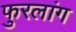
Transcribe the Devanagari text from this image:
फुरलांग